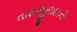
નાથજીદાદાની